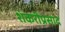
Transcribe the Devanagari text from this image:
शंकरीप्रसाद